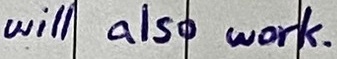
Text: will also work.